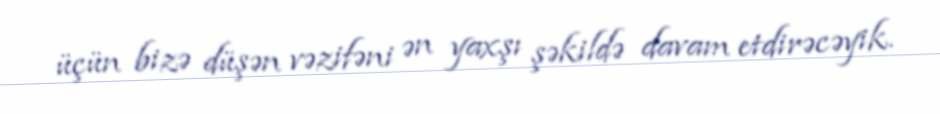
üçün bizə düşən vəzifəni ən yaxşı şəkildə davam etdirəcəyik.